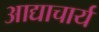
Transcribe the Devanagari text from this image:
आद्याचार्य